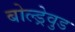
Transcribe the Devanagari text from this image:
बोल्ड्रेवुड